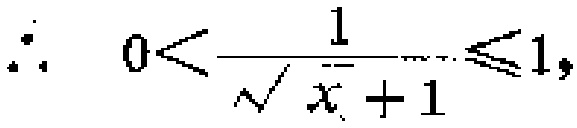
\(\therefore 0<\frac{1}{\sqrt{x}+1}\leqslant 1,\)